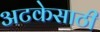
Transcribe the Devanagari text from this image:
अटकेसाठी